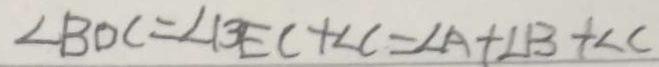
\angle B D C = \angle B E C + \angle C = \angle A + \angle B + \angle C